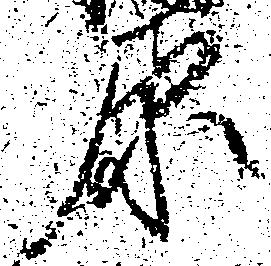
原